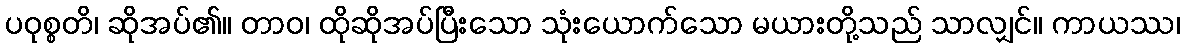
ပဝုစ္စတိ၊ ဆိုအပ်၏။ တာဝ၊ ထိုဆိုအပ်ပြီးသော သုံးယောက်သော မယားတို့သည် သာလျှင်။ ကာယဿ၊